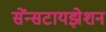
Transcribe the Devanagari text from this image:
सेंन्सटायझेशन